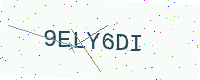
Text: 9ELY6DI